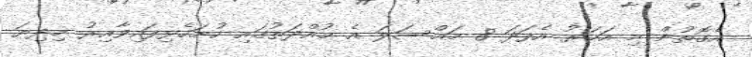
އެގޮތުން މި އަހަރު އެފަދަ 8 މައްސަލަ އެ މުއްދަތުގައި ހުށަހެޅިފައިވާއިރު މިދިޔަ